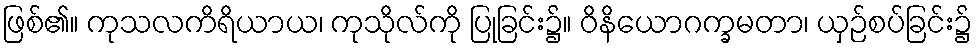
ဖြစ်၏။ ကုသလကိရိယာယ၊ ကုသိုလ်ကို ပြုခြင်း၌။ ဝိနိယောဂက္ခမတာ၊ ယှဉ်စပ်ခြင်း၌